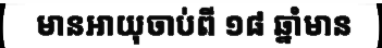
មានអាយុចាប់ពី ១៨ ឆ្នាំមាន